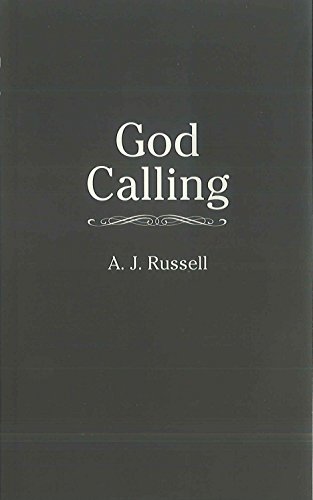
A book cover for GOD CALLING (Inspirational Library); Christian Books & Bibles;